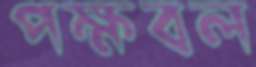
পক্ষবল